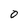
Character: O